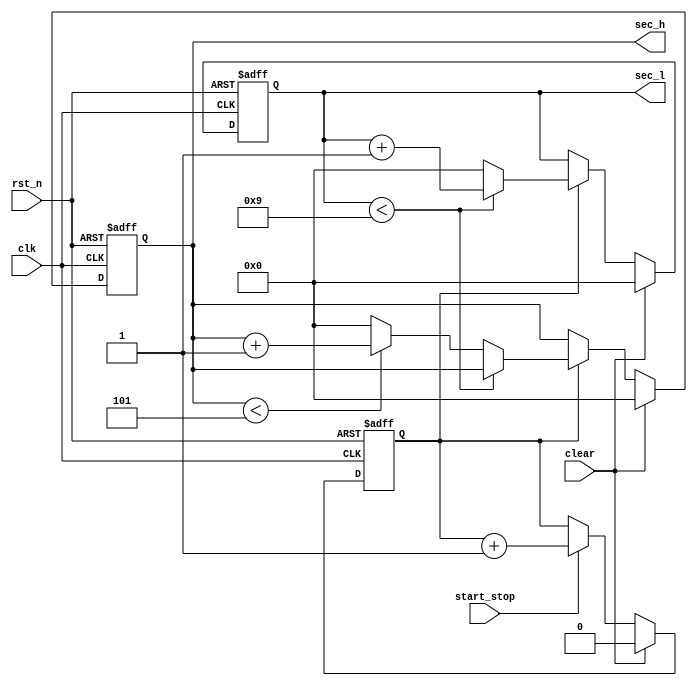
module sec(
    input   clk,
    input   rst_n,
    input   clear,
    input   start_stop,

    output  reg [3:0]   sec_h,
    output  reg [3:0]   sec_l
);

//start_flag1,
//clear
reg         start_flag;
always @( posedge clk or negedge rst_n) begin
    if(~rst_n == 1'b1)begin
        start_flag <= 1'b0;
    end
    else begin
        if(clear == 1'b0)begin
            if(start_stop == 1'b1)
                start_flag <= start_flag + 1'b1;
            else
                ;            
        end
        else begin
            start_flag <= 1'b0;
        end
    end 
end

//clear1'b0start_flag1'b1
always @( posedge clk or negedge rst_n) begin
    if(~rst_n == 1'b1)begin
        sec_l <= 4'b0;
        sec_h <= 4'b0;
    end
    else begin
        if(clear == 1'b0)begin
            if(start_flag==1'b1)begin
                if(sec_l < 4'd9)begin
                    sec_l <= sec_l + 1'b1;
                end
                else begin
                    sec_l <= 4'b0;
                    if(sec_h < 4'd5)begin
                        sec_h <= sec_h + 1'b1;
                    end
                    else begin
                        sec_h <= 4'b0;
                    end
                        end
                    end
            else    //
                ;
        end
        else begin
            sec_l <= 4'b0;
            sec_h <= 4'b0;
        end
    end
end

endmodule